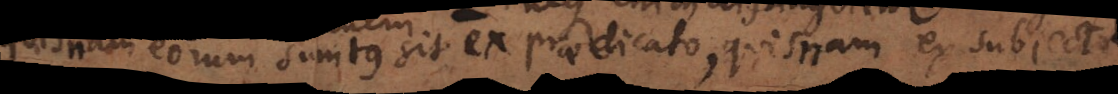
quisnam eorum sumtus sit ex praedicato, quisnam ex subjecto.